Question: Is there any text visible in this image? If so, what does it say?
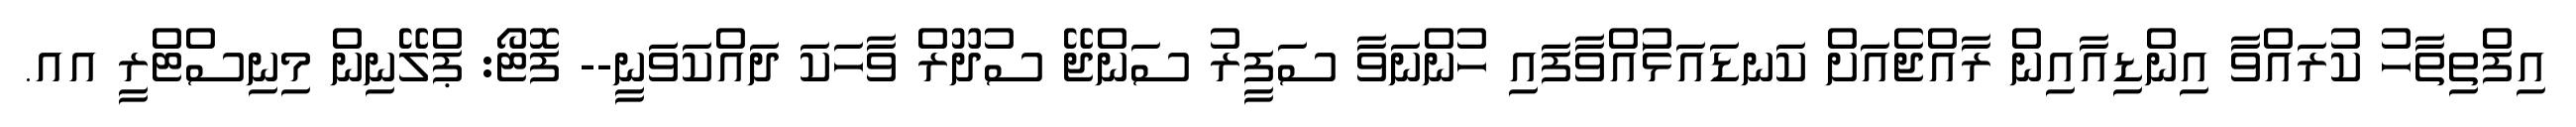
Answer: އިފްތިތާހު ކުރައްވާ އިންޑިއާއިން ރާއްޖެއަށް ކަނޑައަޅުައްވާފައި ހުންނަވާ ސަފީރު ސަންޖޭ ސުދޫރް ވާހަކަ ދައްކަވަނީ-- ފޮޓޯ: ޕްލޭނިން މިނިސްޓްރީ އއ.